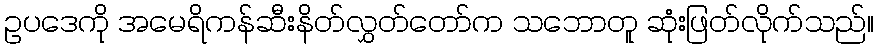
ဥပဒေကို အမေရိကန်ဆီးနိတ်လွှတ်တော်က သဘောတူ ဆုံးဖြတ်လိုက်သည်။